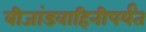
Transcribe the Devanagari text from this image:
बीजांडवाहिनीपर्यंत